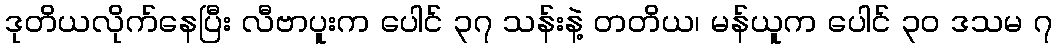
ဒုတိယလိုက်နေပြီး လီဗာပူးက ပေါင် ၃၇ သန်းနဲ့ တတိယ၊ မန်ယူက ပေါင် ၃၀ ဒသမ ၇